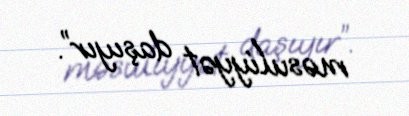
məsuliyyət daşıyır”.